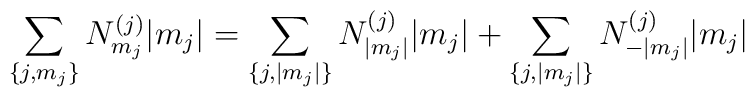
\sum_{\{j,m_j\}} N^{(j)}_{m_j}|m_j|= \sum_{\{j,|m_j|\}}N^{(j)}_{|m_j|}|m_j|+\sum_{\{j,|m_j|\}} N^{(j)}_{-|m_j|}|m_j|